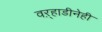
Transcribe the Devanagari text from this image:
वऱ्हाडीनेही